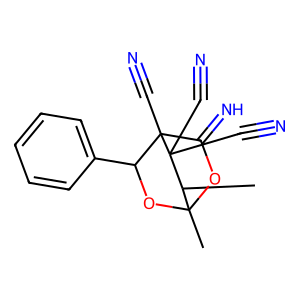
SMILES: CC1C2(C)OC(=N)C(C#N)(C(c3ccccc3)O2)C1(C#N)C#N
Inhibits HIV replication: No